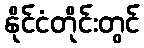
နိုင်ငံတိုင်းတွင်